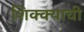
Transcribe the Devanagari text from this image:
शिक्क्याची